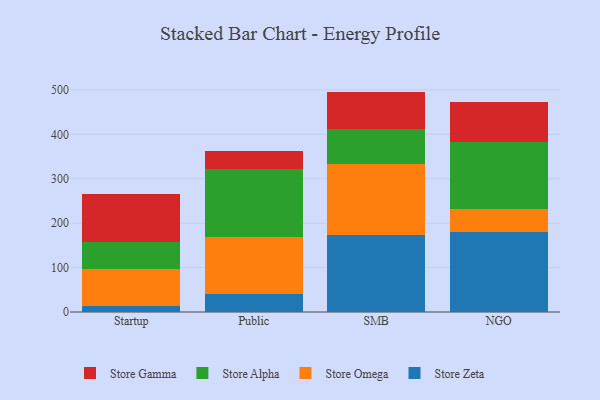
{"axis": {"x": "Segment", "y": "Operating Costs (USD K)"}, "legend": ["Store Alpha", "Store Gamma", "Store Omega", "Store Zeta"], "data": [{"x": "Startup", "y": 14.2, "type": "Store Zeta"}, {"x": "Startup", "y": 82.1, "type": "Store Omega"}, {"x": "Startup", "y": 60.2, "type": "Store Alpha"}, {"x": "Startup", "y": 109.6, "type": "Store Gamma"}, {"x": "Public", "y": 41.1, "type": "Store Zeta"}, {"x": "Public", "y": 128.6, "type": "Store Omega"}, {"x": "Public", "y": 152.0, "type": "Store Alpha"}, {"x": "Public", "y": 39.9, "type": "Store Gamma"}, {"x": "SMB", "y": 172.8, "type": "Store Zeta"}, {"x": "SMB", "y": 160.2, "type": "Store Omega"}, {"x": "SMB", "y": 79.7, "type": "Store Alpha"}, {"x": "SMB", "y": 83.5, "type": "Store Gamma"}, {"x": "NGO", "y": 179.0, "type": "Store Zeta"}, {"x": "NGO", "y": 52.4, "type": "Store Omega"}, {"x": "NGO", "y": 152.4, "type": "Store Alpha"}, {"x": "NGO", "y": 88.6, "type": "Store Gamma"}]}